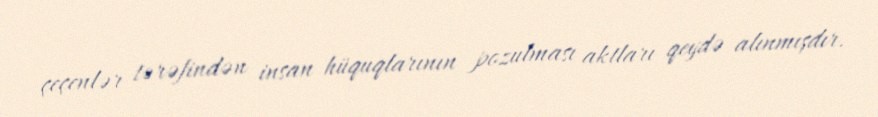
çeçenlər tərəfindən insan hüquqlarının pozulması aktları qeydə alınmışdır.